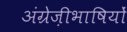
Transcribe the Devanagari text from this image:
अंग्रेज़ीभाषियों